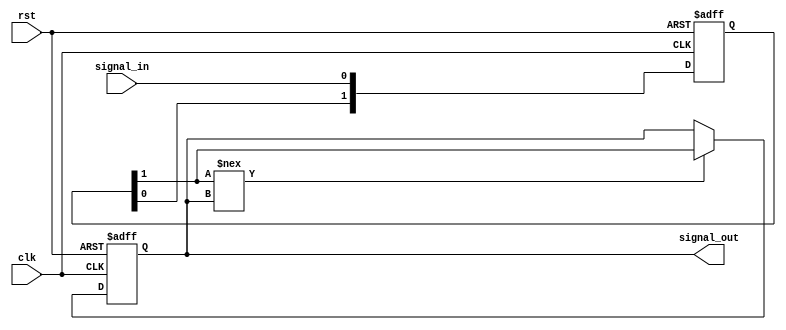
module Delay #(parameter DELAY_TIME = 10) (  // Parameter for delay time in nanoseconds
    input wire clk,                            // Clock signal
    input wire rst,                            // Reset signal
    input wire signal_in,                      // Input signal to be delayed
    output reg signal_out                      // Output delayed signal
);

// Internal signal to hold the delayed value
reg [1:0] delay_queue;  // 2-bit queue to handle multiple delays

always @(posedge clk or posedge rst) begin
    if (rst) begin
        signal_out <= 1'b0;  // Reset output
        delay_queue <= 2'b00; // Clear the delay queue
    end else begin
        // Shift the delay queue to introduce delay
        delay_queue <= {delay_queue[0], signal_in};
        // After DELAY_TIME clock cycles, update the output
        if (delay_queue[1] !== signal_out) begin
            signal_out <= delay_queue[1];  // Update output to the delayed input
        end
    end
end

endmodule